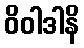
ဝိဝါဒါနိ